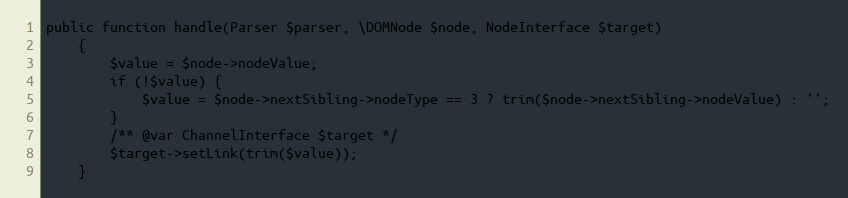
Language: PHP
public function handle(Parser $parser, \DOMNode $node, NodeInterface $target)
    {
        $value = $node->nodeValue;
        if (!$value) {
            $value = $node->nextSibling->nodeType == 3 ? trim($node->nextSibling->nodeValue) : '';
        }
        /** @var ChannelInterface $target */
        $target->setLink(trim($value));
    }